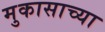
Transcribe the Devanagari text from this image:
मुकासाच्या